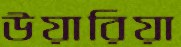
উয়ারিয়া